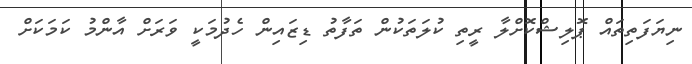
ނިޔަފަތިތައް ޕޮލިޝްކޮށްލާ ރީތި ކުލަތަކުން ތަފާތު ޑިޒައިން ހެދުމަކީ ވަރަށް އާންމު ކަމަކަށް